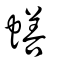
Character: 蟮